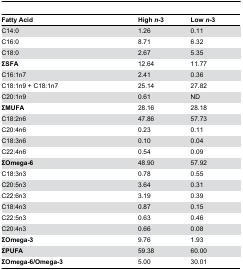
<table><thead><tr><td><b>Fatty Acid</b></td><td><b>High <i>n</i>-3</b></td><td><b>Low <i>n</i>-3</b></td></tr></thead><tbody><tr><td>C14:0</td><td>1.26</td><td>0.11</td></tr><tr><td>C16:0</td><td>8.71</td><td>6.32</td></tr><tr><td>C18:0</td><td>2.67</td><td>5.35</td></tr><tr><td><b>ΣSFA</b></td><td>12.64</td><td>11.77</td></tr><tr><td>C16:1n7</td><td>2.41</td><td>0.36</td></tr><tr><td>C18:1n9 + C18:1n7</td><td>25.14</td><td>27.82</td></tr><tr><td>C20:1n9</td><td>0.61</td><td>ND</td></tr><tr><td><b>ΣMUFA</b></td><td>28.16</td><td>28.18</td></tr><tr><td>C18:2n6</td><td>47.86</td><td>57.73</td></tr><tr><td>C20:4n6</td><td>0.23</td><td>0.11</td></tr><tr><td>C18:3n6</td><td>0.10</td><td>0.04</td></tr><tr><td>C22:4n6</td><td>0.54</td><td>0.09</td></tr><tr><td><b>ΣOmega-6</b></td><td>48.90</td><td>57.92</td></tr><tr><td>C18:3n3</td><td>0.78</td><td>0.55</td></tr><tr><td>C20:5n3</td><td>3.64</td><td>0.31</td></tr><tr><td>C22:6n3</td><td>3.19</td><td>0.39</td></tr><tr><td>C18:4n3</td><td>0.87</td><td>0.15</td></tr><tr><td>C22:5n3</td><td>0.63</td><td>0.46</td></tr><tr><td>C20:4n3</td><td>0.66</td><td>0.08</td></tr><tr><td><b>ΣOmega-3</b></td><td>9.76</td><td>1.93</td></tr><tr><td><b>ΣPUFA</b></td><td>59.38</td><td>60.00</td></tr><tr><td><b>ΣOmega-6/Omega-3</b></td><td>5.00</td><td>30.01</td></tr></tbody></table>